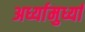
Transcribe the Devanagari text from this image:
अर्ध्यामुर्ध्या